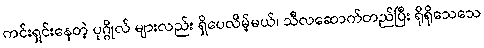
ကင်းရှင်းနေတဲ့ ပုဂ္ဂိုလ် များလည်း ရှိပေလိမ့်မယ်၊ သီလဆောက်တည်ပြီး ရိုရိုသေသေ